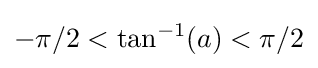
-\pi /2<\tan ^{-1}(a)<\pi /2